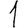
Digit: 1